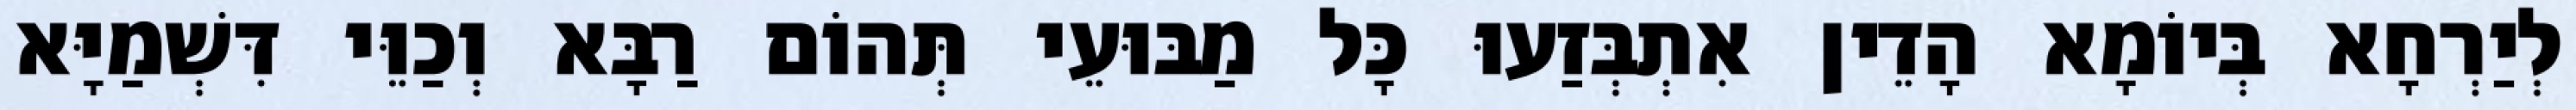
לְיַרְחָא בְּיוֹמָא הָדֵין אִתְבְּזַעוּ כָּל מַבּוּעֵי תְּהוֹם רַבָּא וְכַוֵּי דִּשְׁמַיָּא